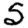
Digit: 5